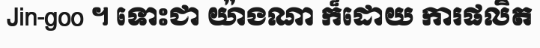
Jin-goo ។ ទោះជា យ៉ាងណា ក៏ដោយ ការផលិត